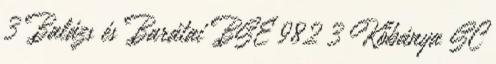
3 Balázs és Barátai BSE 982 3 Kőbánya SC